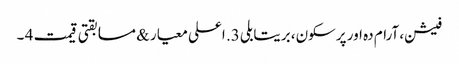
فیشن، آرام دہ اور پرسکون، بریتابلی 3. اعلی معیار & مسابقتی قیمت 4 ۔